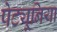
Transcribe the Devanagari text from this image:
पेट्यूनिया